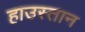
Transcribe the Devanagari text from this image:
हाउस्तान